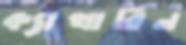
ক্যাথারিন